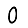
Digit: 0